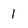
Character: 1